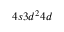
4 s 3 d ^ { 2 } 4 d